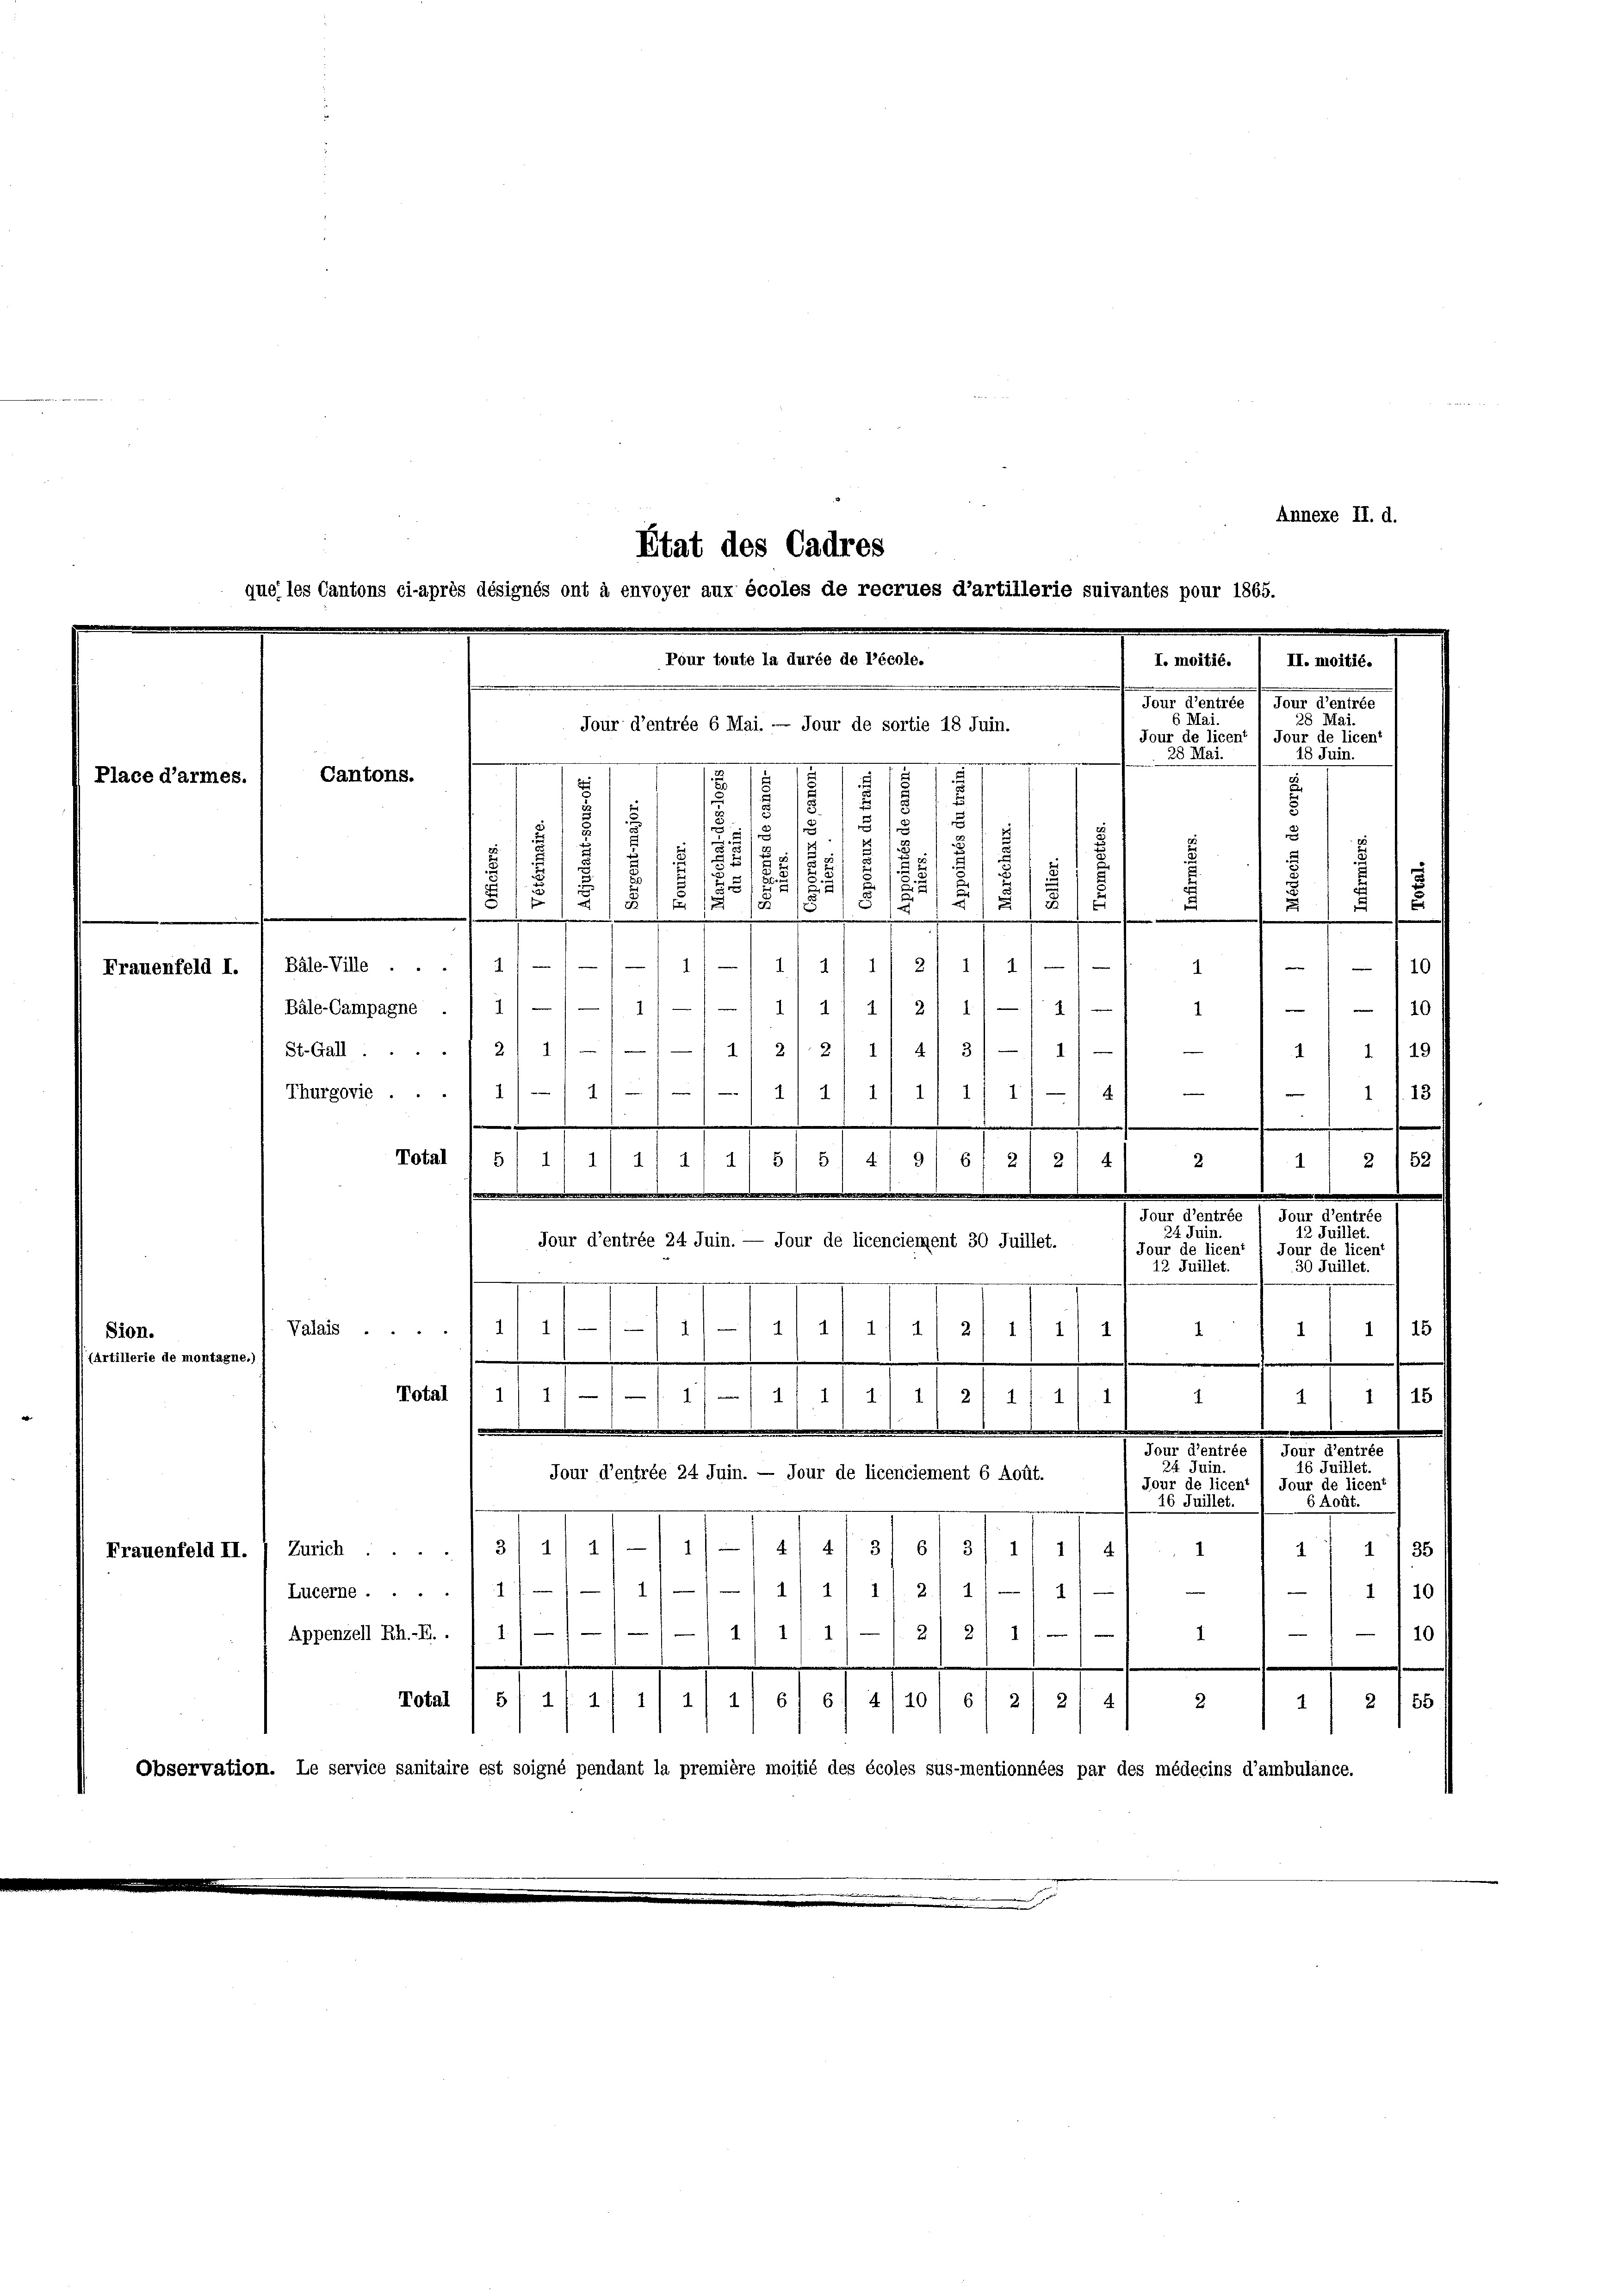
Annexe II. d.
Etat des Cadres

que les Cantons ci-après désignés ont à envoyer aux écoles de recrues d’artillerie suivantes pour 1865.
Pour toute la durée de l’école.
I. moitié.  II. moitié.
.

Dans Partete (den Perso
6 Mai.
28 Mai.
Jour d’entrée 6 Mai. — Jour de sortie 18 Juin.
Jour de licent Jour de licent
25 Ma
18 Juin.
g
euungenennungen

7
s
1
Cantons.

Place d’armes.
s
5
18
u
.
.
 27
2
 51 u
5
.
n
5
5
i
1
15/5
2
1/8
.

e
.
.
.
d
111 1/2
1
1
/10
Frauenfeld I. / Bäle-Ville ... 1/
.
Bäle-Campagne ./ 1///11—)-/ 1/ 1/ 1/ 2/ 1) — 2)
11 — 1 - 110
St.Gall. 1 2/ 1///—11/ 2/. 2111 4) 3) — 1
4/ 1/19
4/4/11 11/11/4
1 113 f
Thurgovie .... 1
.
Total / 5/ 1/ 1

2) 4
2
r
e
Jour d’entrée ) Jour d’entrée
Jour d’entrée 24 Juin. — Jour de licenciement 30 Juillet.
Jour de licent 1 Jour de licent
12 Juillet.
30 Juillet.
 . . . 27
Valais ...
15
Sion.
1
1
4
((Artillerie de montagne.)
Total
1/4. d. d. 212 f. 4
1
1 115 f
1
1
dar. Seiter 1. der der
1 Juillet.
24 Juin.
Jour d’entrée 24 Juin. — Jour de licenciement 6 Août.
Jour de licent 1 Jour de licent
GAoût.
26 Juillet.
) 111 2/4/3f 6/ 3/4 4
1
Frauenfeld II. / Zürich. 3) 1
 1135
 7. d. d. d. d. 2. 2
Lucerne.1)
1110)
411/11—212/ 11/
10)
Appenzell Rh.-R. . 1 1
1
Total / 5/ 1 f 4 1/ 1/ 41 61 S. 4110) S 21 2/ 41 2
2/55
1
Observation. Le service sanitaire est soigné pendant la première moitié des écoles sus-mentionnées par des médecins d’ambulance.

24. Juin.

11 2/52

12 Juillet.